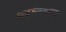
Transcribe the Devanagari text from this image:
धबधब्याचा